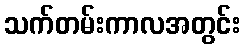
သက်တမ်းကာလအတွင်း